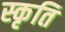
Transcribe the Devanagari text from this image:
स्कृति